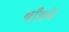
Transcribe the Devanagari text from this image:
बाँडचे